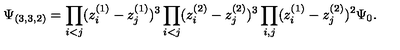
\Psi _ { ( 3 , 3 , 2 ) } = \prod _ { i < j } ( z _ { i } ^ { ( 1 ) } - z _ { j } ^ { ( 1 ) } ) ^ { 3 } \prod _ { i < j } ( z _ { i } ^ { ( 2 ) } - z _ { j } ^ { ( 2 ) } ) ^ { 3 } \prod _ { i , j } ( z _ { i } ^ { ( 1 ) } - z _ { j } ^ { ( 2 ) } ) ^ { 2 } \Psi _ { 0 } .